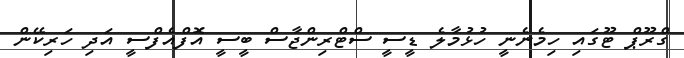
ގްރޫޕް ޓޫގައި ހިމެނެނީ ހުޅުމާލެ ޑީސީ ސްޓްރިންޖާސް ބީސީ އޮފްއެފްސީ އަދި ހަރިކޭން